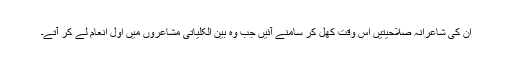
ان کی شاعرانہ صلاحیتیں اس وقت کھل کر سامنے آئیں جب وہ بین الکلیاتی مشاعروں میں اول انعام لے کر آتے۔